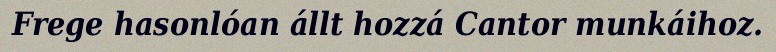
Frege hasonlóan állt hozzá Cantor munkáihoz.